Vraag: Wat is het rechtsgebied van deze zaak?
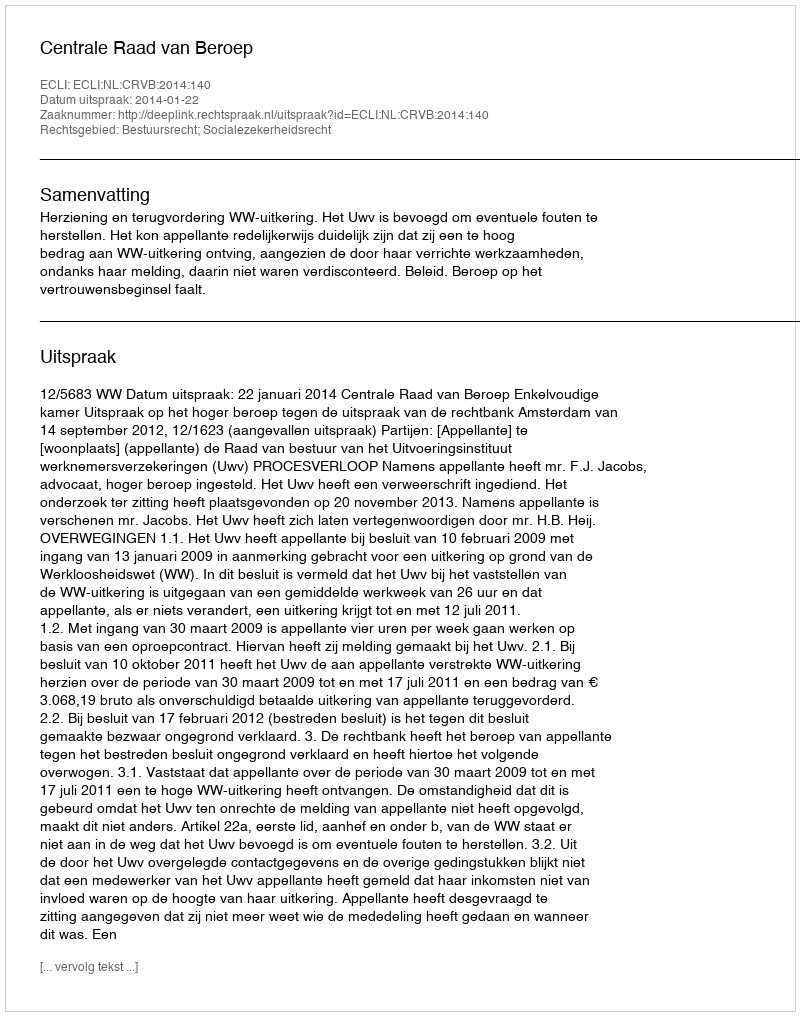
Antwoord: Bestuursrecht; Socialezekerheidsrecht